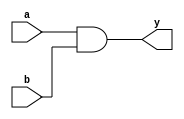
//AND Gate
//Dataflow modelling

module AND_Dataflow(a,b,y);
input a,b;
output y;

assign y = a & b;

endmodule